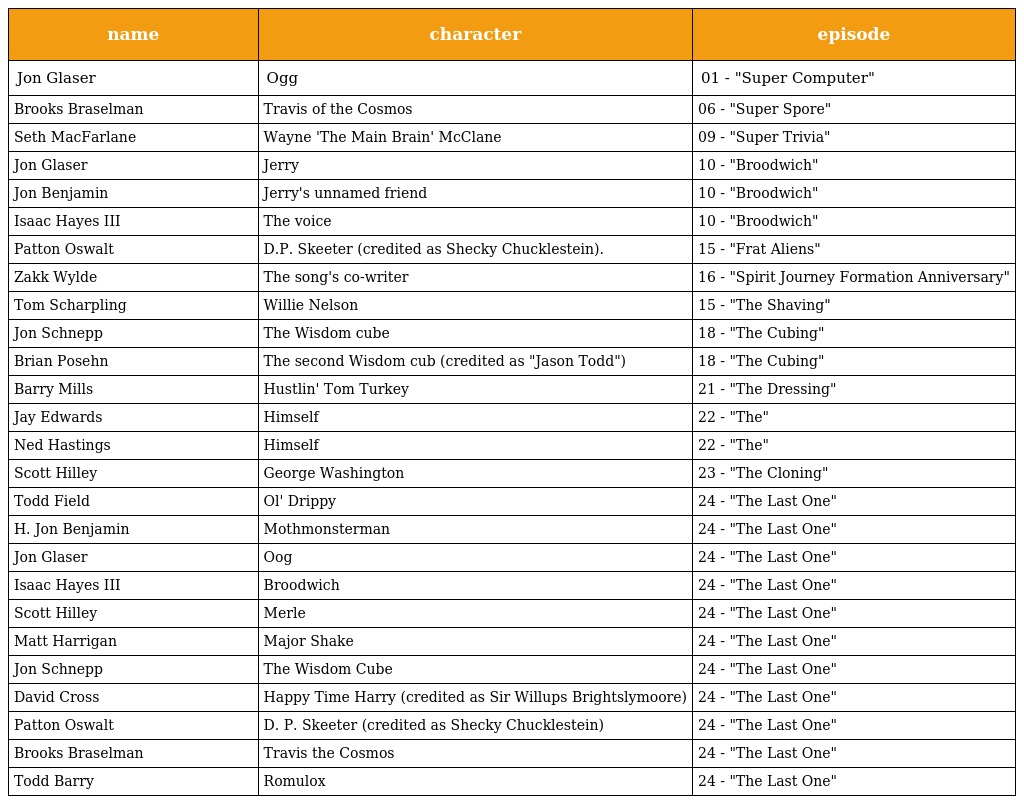
| name | character | episode |
 | --- | --- | --- |
 | Jon Glaser | Ogg | 01 - "Super Computer" |
 | Brooks Braselman | Travis of the Cosmos | 06 - "Super Spore" |
 | Seth MacFarlane | Wayne 'The Main Brain' McClane | 09 - "Super Trivia" |
 | Jon Glaser | Jerry | 10 - "Broodwich" |
 | Jon Benjamin | Jerry's unnamed friend | 10 - "Broodwich" |
 | Isaac Hayes III | The voice | 10 - "Broodwich" |
 | Patton Oswalt | D.P. Skeeter (credited as Shecky Chucklestein). | 15 - "Frat Aliens" |
 | Zakk Wylde | The song's co-writer | 16 - "Spirit Journey Formation Anniversary" |
 | Tom Scharpling | Willie Nelson | 15 - "The Shaving" |
 | Jon Schnepp | The Wisdom cube | 18 - "The Cubing" |
 | Brian Posehn | The second Wisdom cub (credited as "Jason Todd") | 18 - "The Cubing" |
 | Barry Mills | Hustlin' Tom Turkey | 21 - "The Dressing" |
 | Jay Edwards | Himself | 22 - "The" |
 | Ned Hastings | Himself | 22 - "The" |
 | Scott Hilley | George Washington | 23 - "The Cloning" |
 | Todd Field | Ol' Drippy | 24 - "The Last One" |
 | H. Jon Benjamin | Mothmonsterman | 24 - "The Last One" |
 | Jon Glaser | Oog | 24 - "The Last One" |
 | Isaac Hayes III | Broodwich | 24 - "The Last One" |
 | Scott Hilley | Merle | 24 - "The Last One" |
 | Matt Harrigan | Major Shake | 24 - "The Last One" |
 | Jon Schnepp | The Wisdom Cube | 24 - "The Last One" |
 | David Cross | Happy Time Harry (credited as Sir Willups Brightslymoore) | 24 - "The Last One" |
 | Patton Oswalt | D. P. Skeeter (credited as Shecky Chucklestein) | 24 - "The Last One" |
 | Brooks Braselman | Travis the Cosmos | 24 - "The Last One" |
 | Todd Barry | Romulox | 24 - "The Last One" |